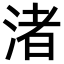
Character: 渚